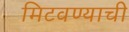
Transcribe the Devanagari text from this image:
मिटवण्याची